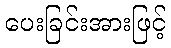
ပေးခြင်းအားဖြင့်